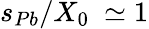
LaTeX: s_{Pb}/X_{0}~\simeq 1